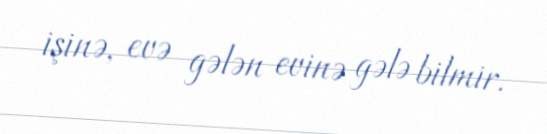
işinə, evə gələn evinə gələ bilmir.